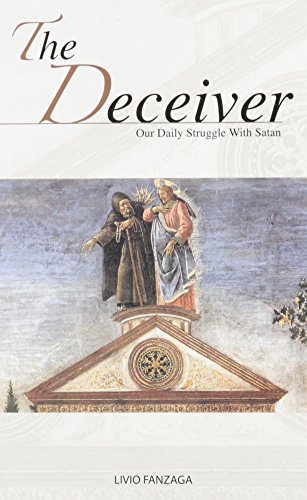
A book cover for The Deceiver: Our Daily Struggle with Satan; Livio Fanzaga; Religion & Spirituality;